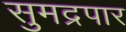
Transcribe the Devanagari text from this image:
सुमद्रपार